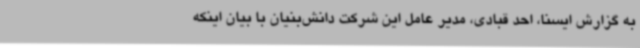
به گزارش ایسنا، احد قبادی، مدیر عامل این شرکت دانش‌بنیان با بیان اینکه